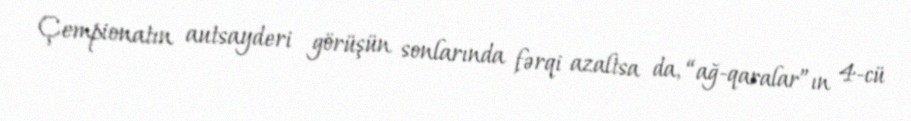
Çempionatın autsayderi görüşün sonlarında fərqi azaltsa da, “ağ-qaralar”ın 4-cü